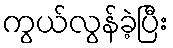
ကွယ်လွန်ခဲ့ပြီး